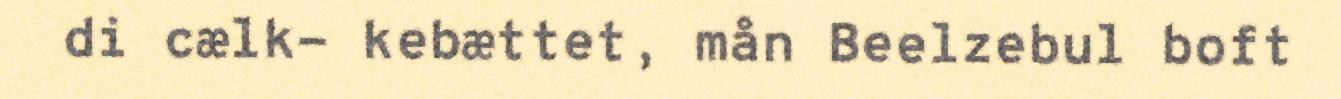
di cælk- kebættet, mån Beelzebul boft